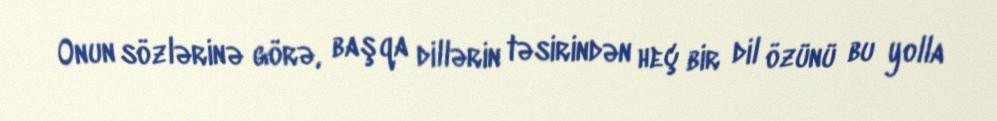
Onun sözlərinə görə, başqa dillərin təsirindən heç bir dil özünü bu yolla